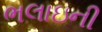
ભલાઇની